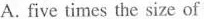
A. five times the size of